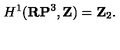
H ^ { 1 } ( { \bf R P } ^ { 3 } , { \bf Z } ) = { \bf Z } _ { 2 } .